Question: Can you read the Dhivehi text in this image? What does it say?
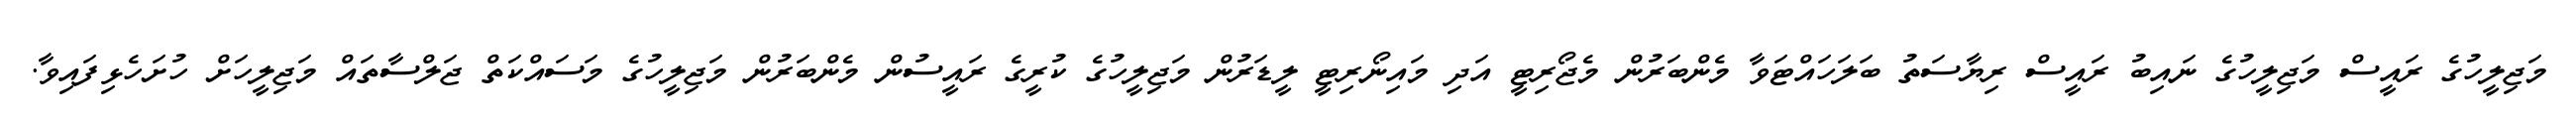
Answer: މަޖިލީހުގެ ރައީސް މަޖިލީހުގެ ނައިބު ރައީސް ރިޔާސަތު ބަލަހައްޓަވާ މެންބަރުން މެޖޯރިޓީ އަދި މައިނޯރިޓީ ލީޑަރުން މަޖިލީހުގެ ކުރީގެ ރައީސުން މެންބަރުން މަޖިލީހުގެ މަސައްކަތް ޖަލްސާތައް މަޖިލީހަށް ހުށަހެޅިފައިވާ.